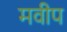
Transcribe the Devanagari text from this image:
मवीप